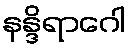
နန္ဒိရာဂေါ